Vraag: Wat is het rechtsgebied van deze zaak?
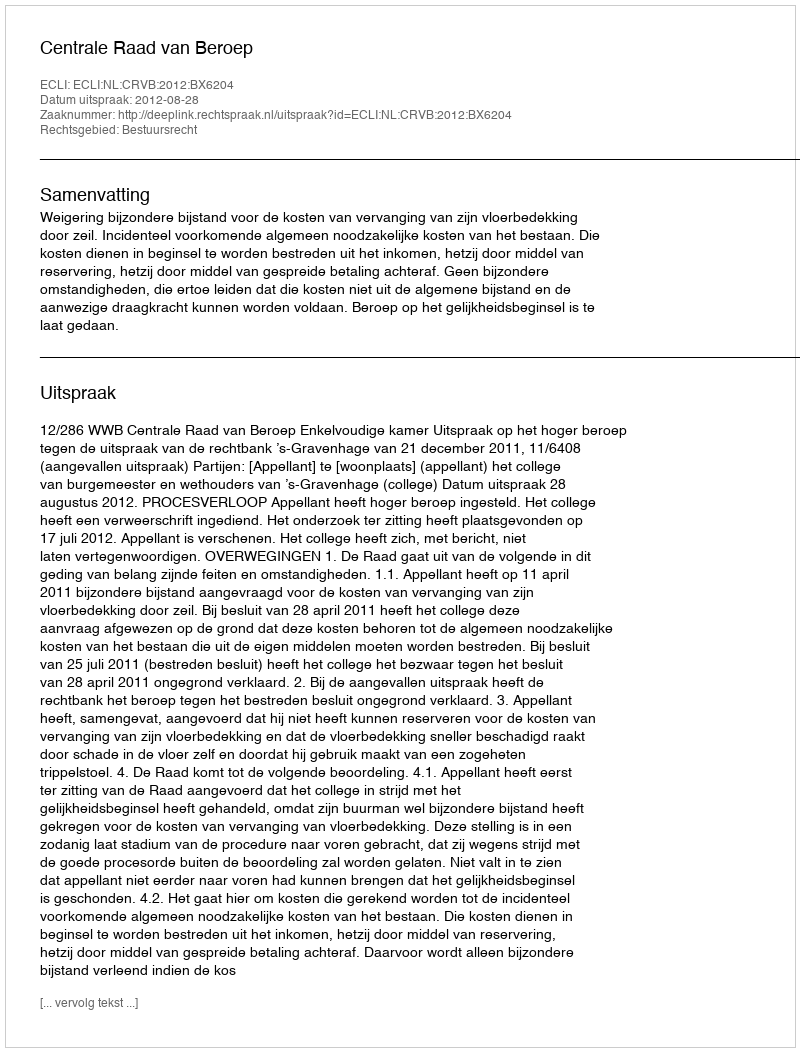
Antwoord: Bestuursrecht